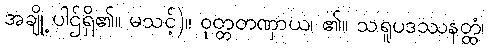
အချို့ ပါဌ်ရှိ၏။ မသင့်)။ ဝုတ္တတဏှာယ၊ ၏။ သရူပဒဿနတ္ထံ၊